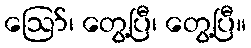
ဪ၊ တွေ့ပြီ၊ တွေ့ပြီ။